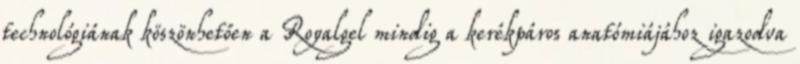
technológiának köszönhetően a Royalgel mindig a kerékpáros anatómiájához igazodva